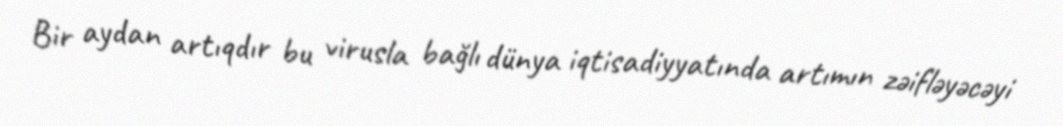
Bir aydan artıqdır bu virusla bağlı dünya iqtisadiyyatında artımın zəifləyəcəyi